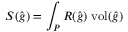
S ( { \widehat { g } } ) = \int _ { P } R ( { \widehat { g } } ) \; { \mathrm { v o l } } ( { \widehat { g } } )